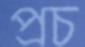
প্রচ